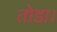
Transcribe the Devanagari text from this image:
तोडा।